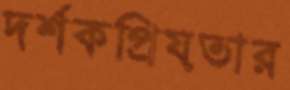
দর্শকপ্রিয়তার